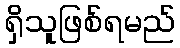
ရှိသူဖြစ်ရမည်